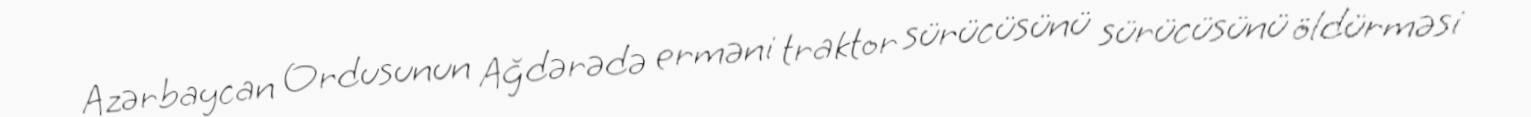
Azərbaycan Ordusunun Ağdərədə erməni traktor sürücüsünü sürücüsünü öldürməsi